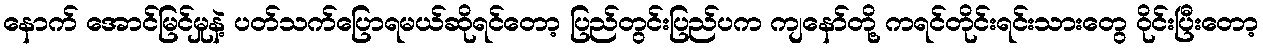
နောက် အောင်မြင်မှုနဲ့ ပတ်သက်ပြောရမယ်ဆိုရင်တော့ ပြည်တွင်းပြည်ပက ကျနော်တို့ ကရင်တိုင်းရင်းသားတွေ ဝိုင်းပြီးတော့